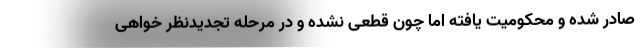
صادر شده و محکومیت یافته اما چون قطعی نشده و در مرحله تجدیدنظر خواهی